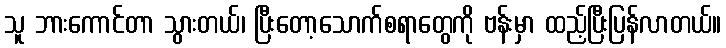
သူ ဘားကောင်တာ သွားတယ်၊ ပြီးတော့သောက်စရာတွေကို ဗန်းမှာ ထည့်ပြီးပြန်လာတယ်။